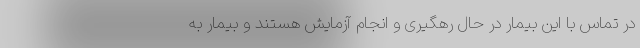
در تماس با این بیمار در حال رهگیری و انجام آزمایش هستند و بیمار به